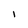
Character: I